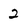
Character: 2